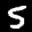
Label: 5